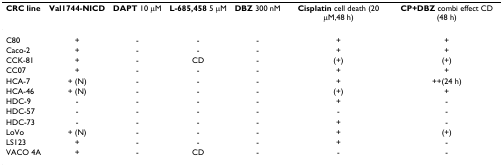
| CRC line | Val1744-NICD | DAPT 10 μM | L-685,458 5 μM | DBZ 300 nM | Cisplatin cell death (20 μM,48 h) | CP+DBZ combi effect CD (48 h) |
 | --- | --- | --- | --- | --- | --- | --- |
 | C80 | + | - | - | - | + | + |
 | Caco-2 | + | - | - | - | + | + |
 | CCK-81 | + | - | CD | - | (+) | (+) |
 | CC07 | + | - | - | - | + | + |
 | HCA-7 | + (N) | - | - | - | + | ++(24 h) |
 | HCA-46 | + (N) | - | - | - | (+) | + |
 | HDC-9 | - | - | - | - | + | - |
 | HDC-57 | - | - | - | - | - | - |
 | HDC-73 | - | - | - | - | + | - |
 | LoVo | + (N) | - | - | - | + | (+) |
 | LS123 | + | - | - | - | + | - |
 | VACO 4A | + | - | CD | - | - | - |